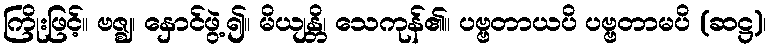
ကြိုးဖြင့်။ ဗဇ္ဈ၊ နှောင်ဖွဲ့၍။ မိယျန္တိ၊ သေကုန်၏။ ပဗ္ဗတာယပိ ပဗ္ဗတာမပိ (ဆဋ္ဌ)၊